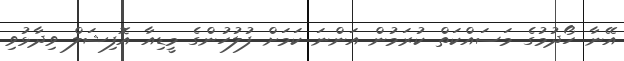
އޭނާ ހޯދުމުގެ މަސައްކަތް ކުރަމުން އަންނަ ކަމަށް ފުލުހުންގެ މީޑިއާ އޮފިޝަލް ވިދާޅުވި